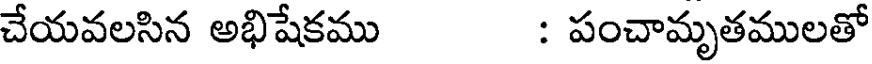
చేయవలసిన అభిషేకము : పంచామృతములతో